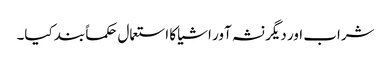
شراب اور دیگر نشہ آور اشیا کا استعمال حکماً بند کیا۔